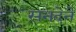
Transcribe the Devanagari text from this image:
सनदेने